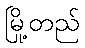
မြို့တည်